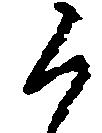
候